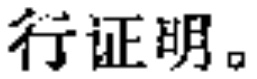
行证明。